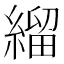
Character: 𦃓